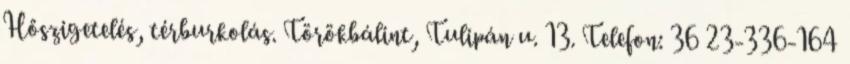
Hőszigetelés, térburkolás. Törökbálint, Tulipán u. 13. Telefon: 36 23-336-164